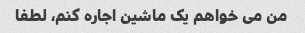
من می خواهم یک ماشین اجاره کنم، لطفا